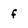
Character: f